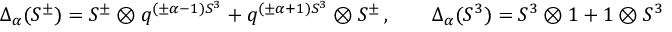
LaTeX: \Delta _ { \alpha } ( S ^ { \pm } ) = S ^ { \pm } \otimes q ^ { ( \pm \alpha - 1 ) S ^ { 3 } } + q ^ { ( \pm \alpha + 1 ) S ^ { 3 } } \otimes S ^ { \pm } \, , \qquad \Delta _ { \alpha } ( S ^ { 3 } ) = S ^ { 3 } \otimes 1 + 1 \otimes S ^ { 3 }